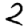
Digit: 2